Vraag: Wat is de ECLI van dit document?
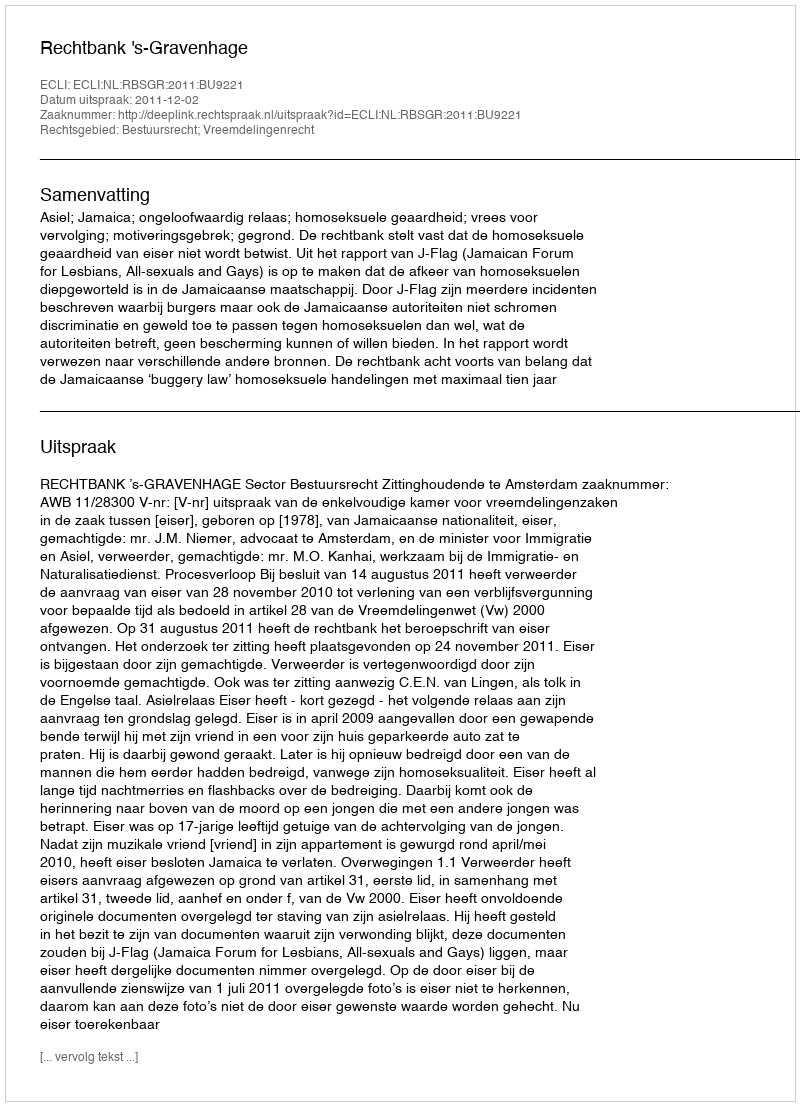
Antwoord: ECLI:NL:RBSGR:2011:BU9221